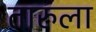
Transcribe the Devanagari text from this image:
तारुला